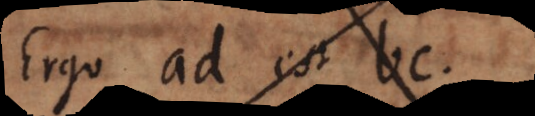
Ergo ad est bc.